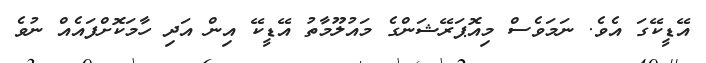
އޭޑީކޭގަ އެވެ. ނަމަވެސް މިއޮޕަރޭޝަންގެ މައުލޫމާތު އޭޑީކޭ އިން އަދި ހާމަކޮށްފައެއް ނުވެ